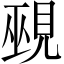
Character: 覡